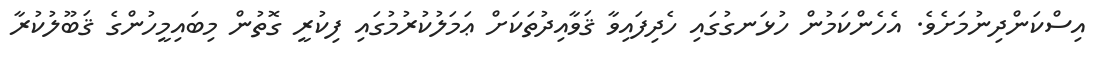
އިސްކަންދިނުމަށެވެ. އެހެންކަމުން ހުޅަނގުގައި ހެދިފައިވާ ޤަވާއިދުތަކަށް ޢަމަލުކުރުމުގައި ފިކުރީ ގޮތުން މިބައިމީހުންގެ ޤަބޫލުކުރާ